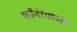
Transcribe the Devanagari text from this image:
कॉर्नरपाशी